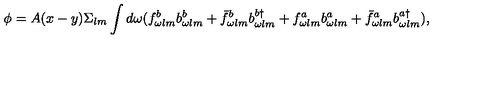
\phi = A ( x - y ) \Sigma _ { l m } \int d \omega ( f _ { \omega l m } ^ { b } b _ { \omega l m } ^ { b } + \bar { f } _ { \omega l m } ^ { b } b _ { \omega l m } ^ { b \dagger } + f _ { \omega l m } ^ { a } b _ { \omega l m } ^ { a } + \bar { f } _ { \omega l m } ^ { a } b _ { \omega l m } ^ { a \dagger } ) ,